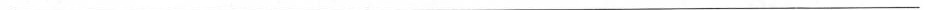
___